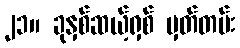
၂၁။ ခုနှစ်ဆယ့်ရှစ် မှတ်တမ်း